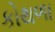
કોથળા